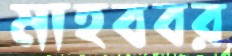
মাহববর